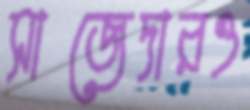
সাজেদারও